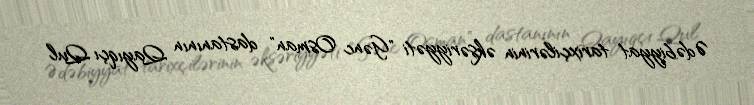
Ədəbiyyat tarixçilərinin əksəriyyəti "Gənc Osman" dastanının Qayıqçı Qul